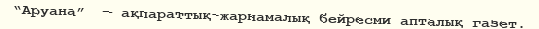
“Аруана”  — ақпараттық-жарнамалық бейресми апталық газет.